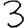
Digit: 3